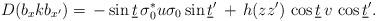
LaTeX: \begin{align*} D(b_{x} k b_{x^\prime}) = \,-\sin\underline t \,\sigma_0^* u\sigma_0\sin\underline t^\prime \,+\,h(z z^\prime)\,\cos \underline t\, v\, \cos \underline t^\prime .\end{align*}